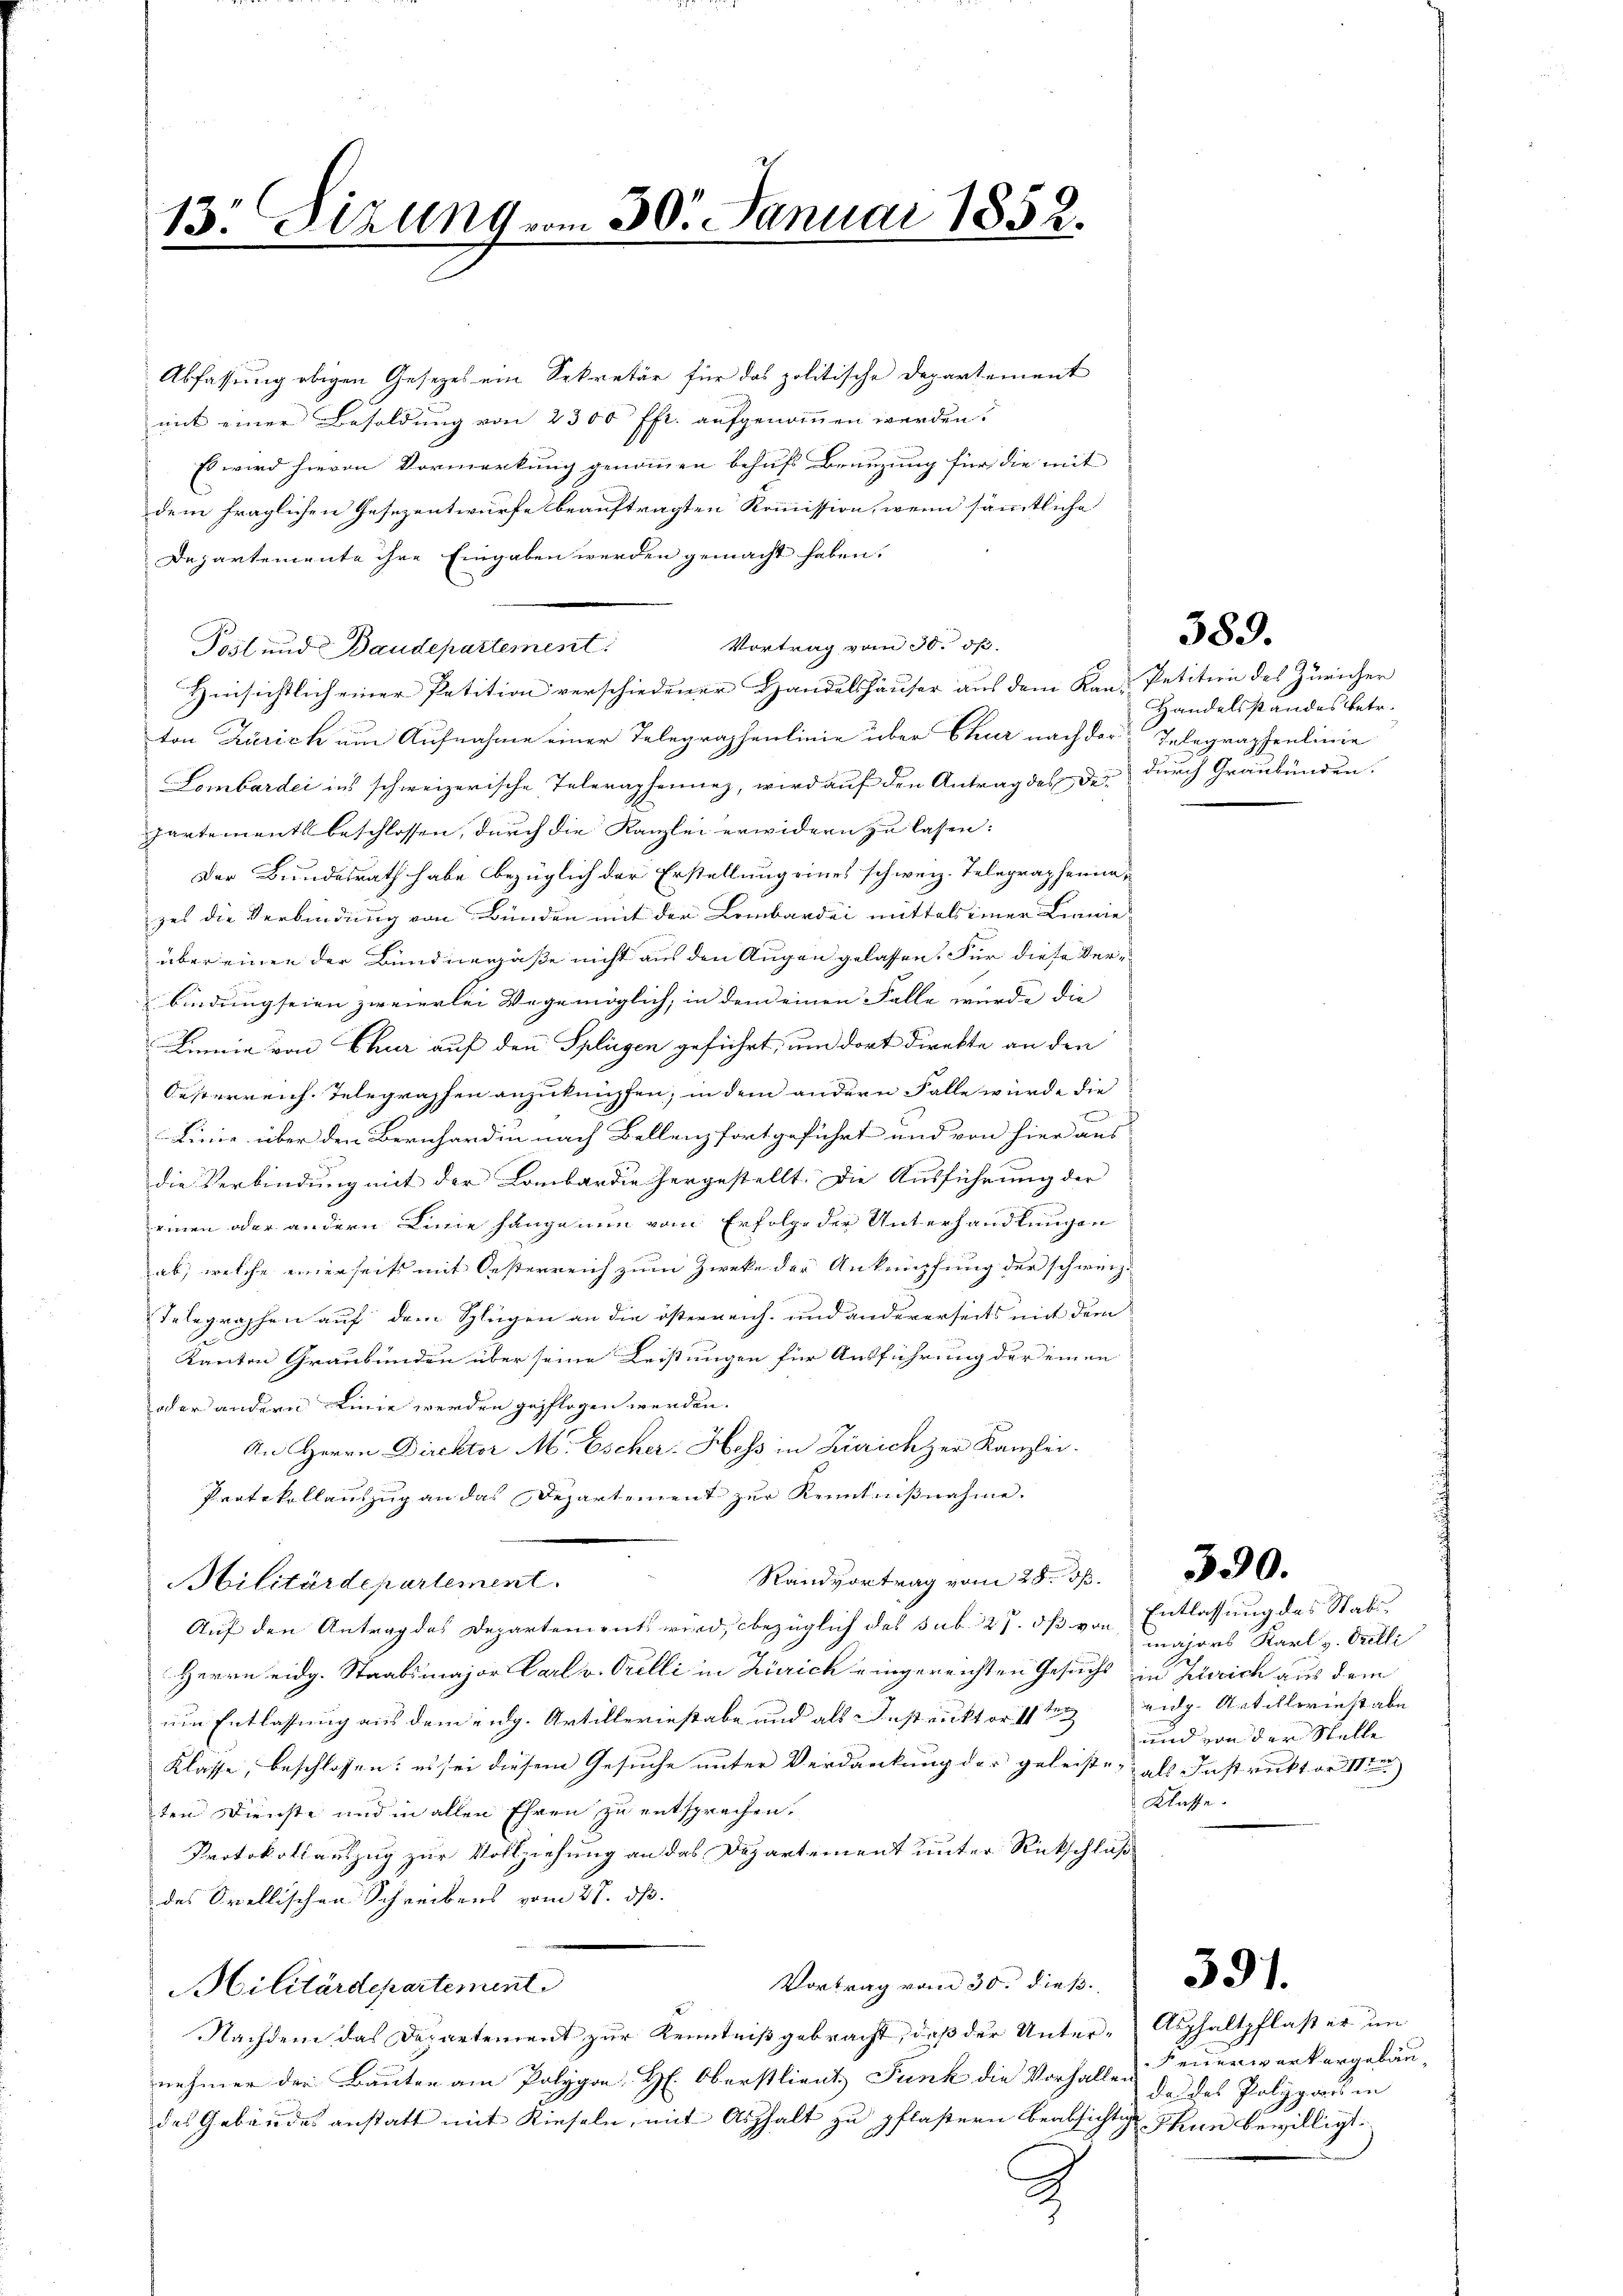
Abfassung obigen Gesetzes ein Sekretär für das politische Departement
mit einer Besoldung von 2300 ff. aufgenommen werden?
Es wird hievon Vormerkung genommen behufs Branzung für die mit
dem fraglichen Gesezentwurfe beauftragten Kommission, wenn sämmtliche
Departemente ihre Eingaben werden gemacht haben.
Vortrag vom 30. dß.
Posl und Baudepartement
Hinsichtlich einer Petition verschiedener Handelshäuser aus dem Kan-Petition des Züricher
ton Zürich um Aufnahme einer Telegraphenlinie über Chur nach der Telegraphenlinie
Lombardei ins schweizerische Taleraphennez, wird auf den Antrag des der durch Graubünden.
partementsbeschlossen, durch die Kanzlei erwidern zu lassen:
Der Bundesrath habe bezüglich der Erstellung eines schweiz. Telegraphennazes die Verbindung von Bunden mit der Lombardei mittels einer Linie
über einen der Bundnerpaße nicht aus den Augen gelassen. Für diese Ver-
bindung seien zweierlei Wegemöglich, in dem einen Falle würde die |
Linie von Chur auf den Splügen geführt, um dort direkte an den
Oesterreich-Telegraphen anzuknüpfen; in dem andern Falle würde die
.
Linie über den Bernhardin nach Bellenz fortgeführt und von hier aus
die Verbindung mit der Lombardie hergestellt. Die Ausführung der
einen oder andern Linie hänge nun vom Erfolge der Unterhandlungen
ab, welche einerseits mit Oesterreich zum Zweke der Anknüpfung der schweiz.
Telegraphen auf dem Splügen an die österreich- und andererseits mit dem
2
Kanton Graubünden über seine Leistungen für Ausführung der einen
oder andern Linie werden gepflogen werden.
An Herrn Direktor M. Escher. Hess in Zürich zer Kanzlei-
Protokollauszug an das Departement zur Kenntnißnahme.
Randvortrag vom 28. dß.
Militärdepartement
Auf den Antrag des Departements wird, bezüglich das sub. 27. dß von Entlassung des Stabs¬
Herrn eidg. Staabsmajor Carl v. Orelli in Zürich eingereichten Gesuchs in Zürich aus dem
um Entlassung aus dem eidg. Artilleriestabe und als Instruktor 11 ten eidg. Artillerinstabe
Klasse, beschlossen: es sei diesem Gesuche unter Verdankung der geleiste, als Instruktor 11ten
ten Dienste und in allen Ehren zu entsprechen.
Protokollauszug zur Vollziehung an das Departement unter Rückschluß
des Orellischen Schreibens vom 28. dß.
.
Vortrag vom 30. dieß
Militärdepartement
Nachdem das Departement zur Kenntniß gebracht, daß der Unter-Asphaltpflast er im
nehmen der Bauten am Polygon H. Oberstlieut Funk die Vorfallen
des Gebäudes anstatt mit Rieseln, mit Asphalt zu pflastern beabsichtige Ihnen bewilligt.
2

13. Sizung vom 30. Januar 1852.

389.

Handelsstandes betr.

390.

majors Karl v. Orelli
und von der Stelle
Klasse.

Feuerwerkergebäuda des Polizzares in